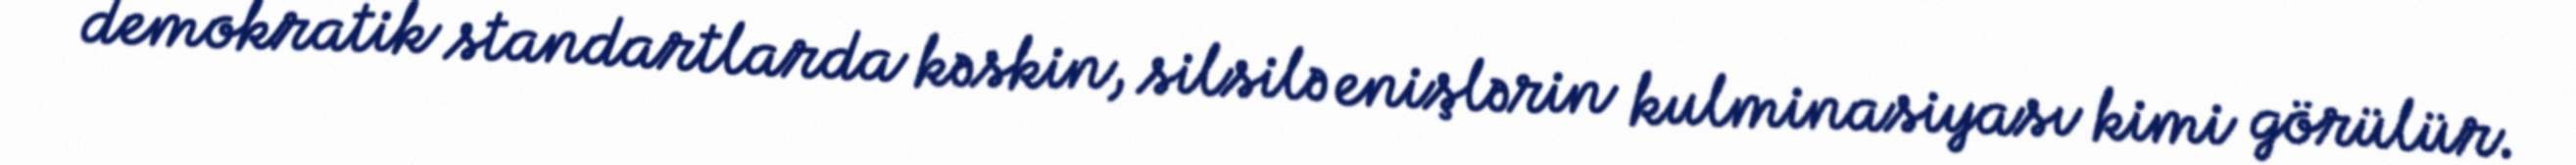
demokratik standartlarda kəskin, silsilə enişlərin kulminasiyası kimi görülür.